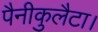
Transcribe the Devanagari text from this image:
पैनीकुलैटा।